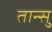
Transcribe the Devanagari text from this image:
तान्सु